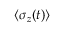
\langle \sigma _ { z } ( t ) \rangle